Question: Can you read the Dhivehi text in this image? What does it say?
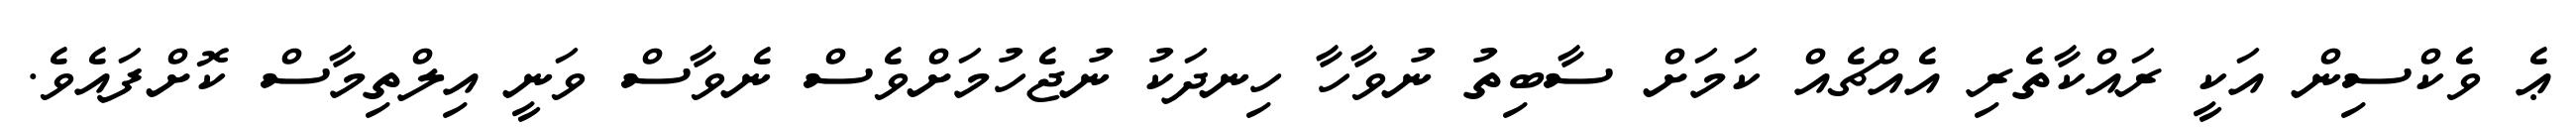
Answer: ޢެ ވެކްސިން އަކީ ރައްކާތެރި އެއްޗެއް ކަމަށް ސާބިތު ނުވާހާ ހިނދަކު ނުޖެހުމަށްވެސް ނެވާސް ވަނީ އިލްތިމާސް ކޮށްފައެވެ.